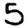
Digit: 5